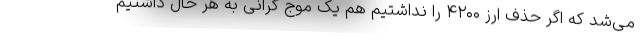
می‌شد که اگر حذف ارز ۴۲۰۰ را نداشتیم هم یک موج گرانی به هر حال داشتیم